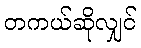
တကယ်ဆိုလျှင်